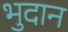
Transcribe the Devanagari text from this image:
भुदान